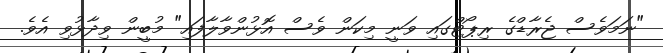
"ނަމަވެސް ޖެރާޑްގެ ރިޕޯޓްގައި ވަނީ މިކަން ވެސް އޮޅުންވާލާފައި" މުބީން ވިދާޅުވި އެވެ.